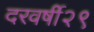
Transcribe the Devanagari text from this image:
दरवर्षी२९